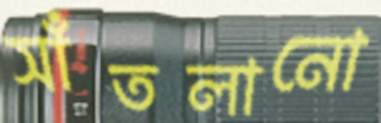
সাঁতলানো